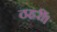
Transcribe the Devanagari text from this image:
ठहरीं।